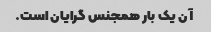
آن یک بار همجنس گرایان است.